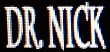
DR.NICK